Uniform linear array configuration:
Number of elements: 12
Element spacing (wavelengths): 1
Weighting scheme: exponential
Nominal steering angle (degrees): -15
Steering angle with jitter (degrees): -15.443
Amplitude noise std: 0.05
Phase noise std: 0.05

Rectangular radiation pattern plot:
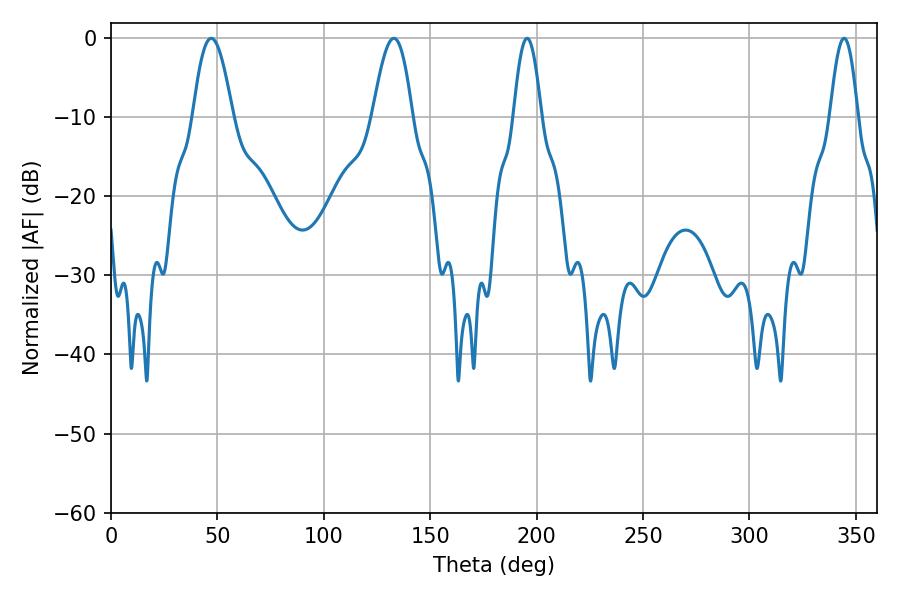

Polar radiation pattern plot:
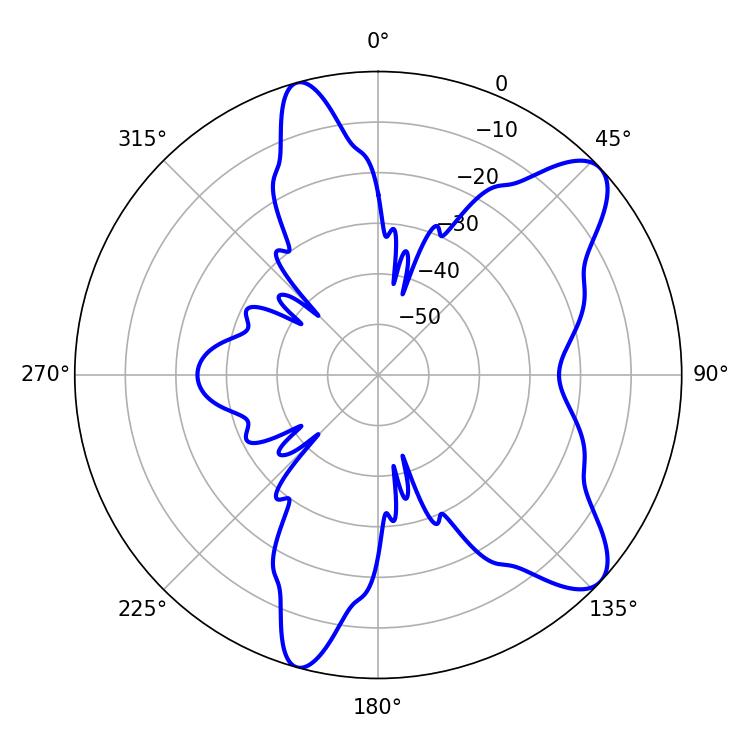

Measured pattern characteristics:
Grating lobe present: TRUE
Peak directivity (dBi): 9.441
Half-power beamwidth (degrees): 7.02
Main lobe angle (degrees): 195.48